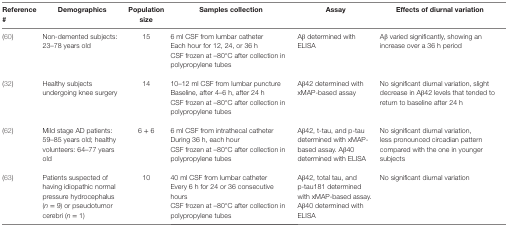
| Reference # | Demographics | Population size | Samples collection | Assay | Effects of diurnal variation |
 | --- | --- | --- | --- | --- | --- |
 | (60) | Non-demented subjects: 23–78 years old | 15 | 6 ml CSF from lumbar catheter Each hour for 12, 24, or 36 hCSF frozen at –80°C after collection in polypropylene tubes | Aβ determined with ELISA | Aβ varied significantly, showing an increase over a 36 h period |
 | (32) | Healthy subjects undergoing knee surgery | 14 | 10–12 ml CSF from lumbar puncture Baseline, after 4–6 h, after 24 hCSF frozen at –80°C after collection in polypropylene tubes | Aβ42 determined with xMAP-based assay | No significant diurnal variation, slight decrease in Aβ42 levels that tended to return to baseline after 24 h |
 | (62) | Mild stage AD patients: 59–85 years old; healthy volunteers: 64–77 years old | 6 + 6 | 6 ml CSF from intrathecal catheter During 36 h, each hourCSF frozen at –80°C after collection in polypropylene tubes | Aβ42, t-tau, and p-tau determined with xMAP-based assay. Aβ40 determined with ELISA | No significant diurnal variation, less pronounced circadian pattern compared with the one in younger subjects |
 | (63) | Patients suspected of having idiopathic normal pressure hydrocephalus (n = 9) or pseudotumor cerebri (n = 1) | 10 | 40 ml CSF from lumbar catheter Every 6 h for 24 or 36 consecutive hoursCSF frozen at –80°C after collection in polypropylene tubes | Aβ42, total tau, and p-tau181 determined with xMAP-based assay. Aβ40 determined with ELISA | No significant diurnal variation |